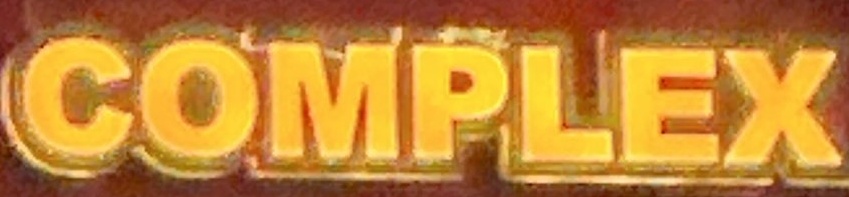
COMPLEX